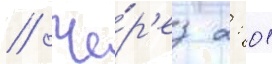
// Че́р'ез 2: 01